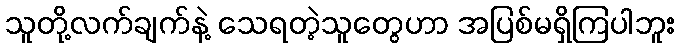
သူတို့လက်ချက်နဲ့ သေရတဲ့သူတွေဟာ အပြစ်မရှိကြပါဘူး